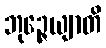
ဘုဉ္ဇေယျာတိ